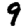
Digit: 9